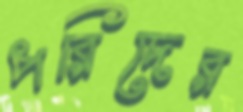
পরিদের